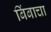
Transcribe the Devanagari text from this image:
बिंबाचा